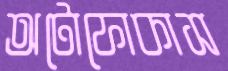
অটোফোকাস